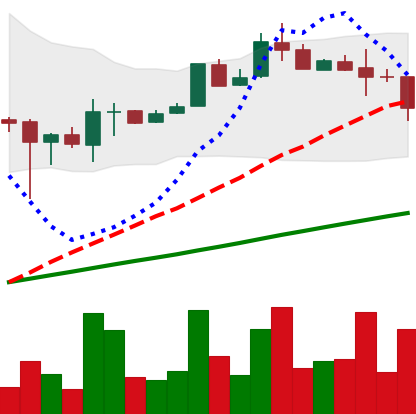
Ticker: LTC-USD
Chart end date: 2017-08-15
Forward return: 6.753%
Label: up_5_7